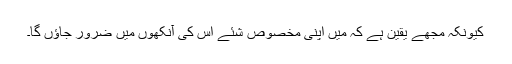
کیونکہ مجھے یقین ہے کہ میں اپنی مخصوص شئے اس کی آنکھوں میں ضرور جاؤں گا۔